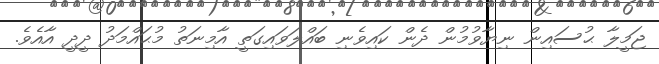
ޖަމީލާ ޙުސައިން ނިޔާވުމުން ދެން ކައިވެނި ބައްލަވައިގަތީ އާމިނަތު މުޙައްމަދު ދީދީ އާއެވެ.